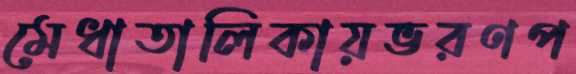
মেধাতালিকায়ভরণপ